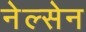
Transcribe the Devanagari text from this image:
नेल्सेन